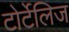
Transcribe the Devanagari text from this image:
टोर्टेलिज